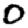
Digit: 0